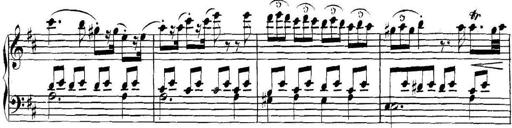
Title: Collected Piano Sonatas
Composer: Muzio Clementi